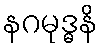
နဂမုဒ္ဓနိ